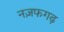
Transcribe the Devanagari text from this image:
नज़फगढ़